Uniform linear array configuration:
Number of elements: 16
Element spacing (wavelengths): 0.75
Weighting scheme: cosine
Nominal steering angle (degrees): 30
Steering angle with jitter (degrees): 31.816
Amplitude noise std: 0.05
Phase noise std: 0.05

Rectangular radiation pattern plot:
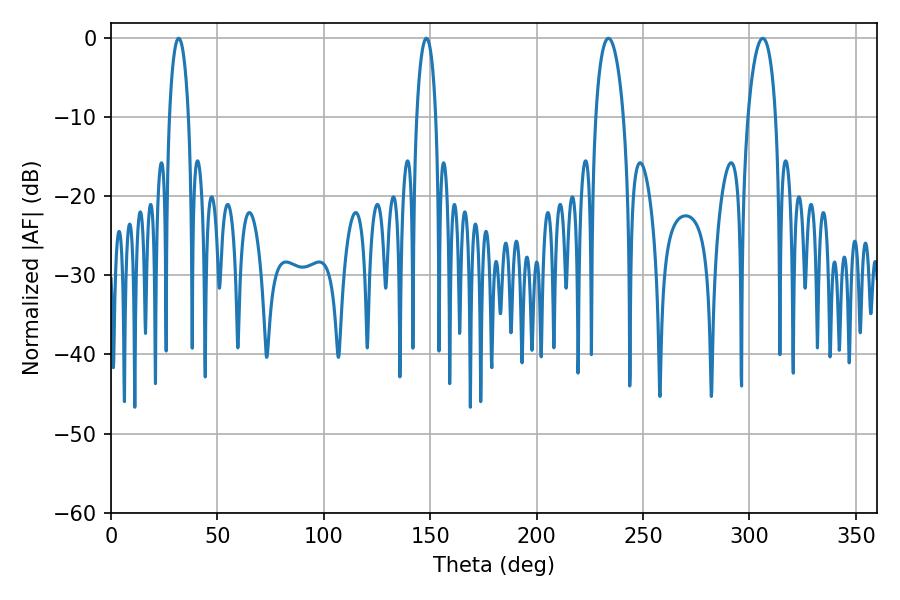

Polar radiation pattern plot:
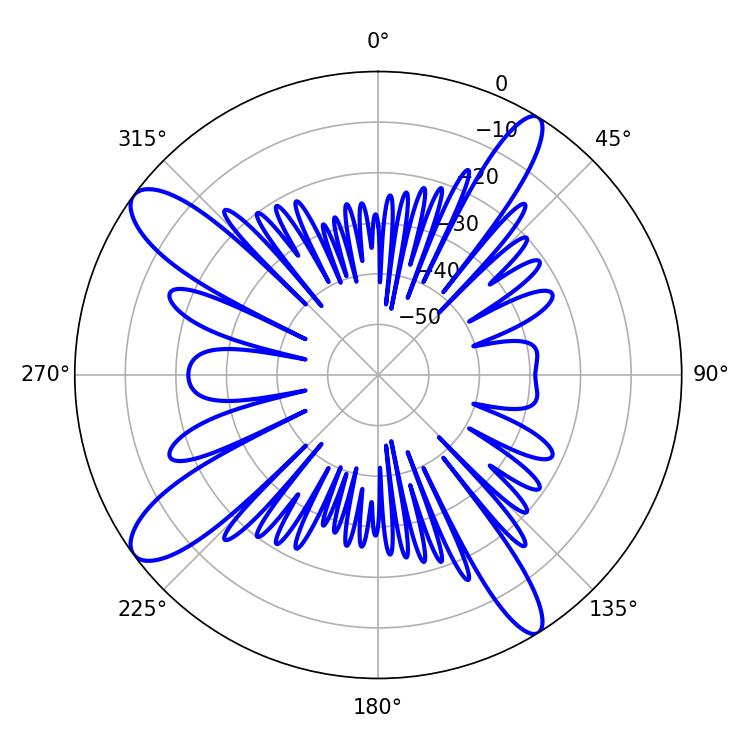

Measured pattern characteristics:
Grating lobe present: TRUE
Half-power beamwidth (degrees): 7.38
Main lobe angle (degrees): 233.82